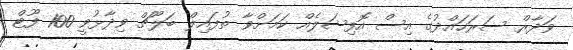
ވަދާރް ސަރަހައްދުގެ އިސް އޮފިޝަލެއް ކަމަށްވާ ތުފައިލް ބަލޫޗް ވިދާޅުވީ 100 ފޫޓް